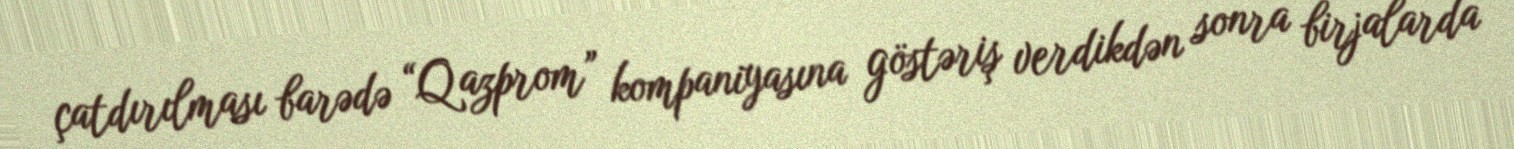
çatdırılması barədə “Qazprom” kompaniyasına göstəriş verdikdən sonra birjalarda